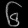
Digit: ၆